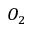
O _ { 2 }